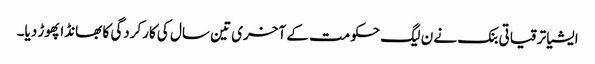
ایشیا ترقیاتی بنک نے ن لیگ حکومت کے آخری تین سال کی کارکردگی کا بھانڈا پھوڑ دیا۔